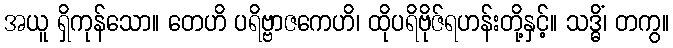
အယူ ရှိကုန်သော။ တေဟိ ပရိဗ္ဗာဇကေဟိ၊ ထိုပရိဗိုဇ်ရဟန်းတို့နှင့်။ သဒ္ဓိံ၊ တကွ။